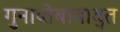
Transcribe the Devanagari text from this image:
गुनाव्तेबाबाद्त